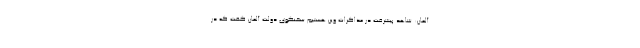
آلمان: شاهد پیشرفت در مذاکرات وین هستیم سخنگوی دولت آلمان گفت که در